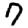
Digit: 7